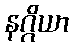
နဂ္ဂိယာ